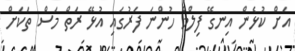
އަށް ކުޅެން އިނގޭ ފިލްމް ހުންނަ ފަރުގައި އުޅޭ ރަތް މަސް ތަކަށް